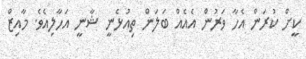
ކީށް ކުރަން އެހާ ވަރުން އެއެއް ބަލަން ތިއުޅެނީ ޝާނީ އަހާލިއެވެ. މާއިޒް